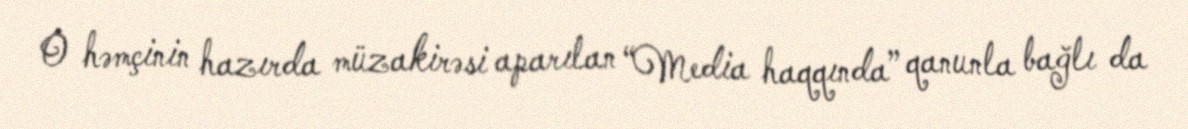
O həmçinin hazırda müzakirəsi aparılan “Media haqqında” qanunla bağlı da